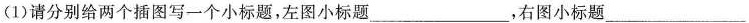
(1)请分别给两个插图写一个小标题，左图小标题___，右图小标题___